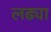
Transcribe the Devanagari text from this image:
लढ्या